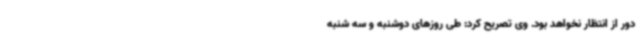
دور از انتظار نخواهد بود. وی تصریح کرد: طی روزهای دوشنبه و سه شنبه